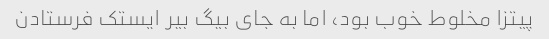
پیتزا مخلوط خوب بود، اما به جای بیگ بیر ایستک فرستادن